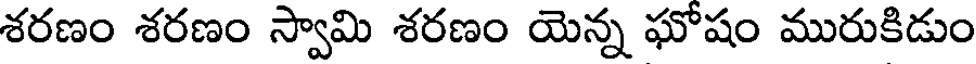
శరణం శరణం స్వామి శరణం యెన్న ఘోషం మురుకిడుం